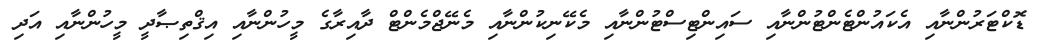
ޑޮކްޓަރުންނާއި އެކައުންޓެންޓުންނާއި ސައިންޓިސްޓުންނާއި މެކޭނިކުންނާއި މެނޭޖްމެންޓް ދާއިރާގެ މީހުންނާއި އިޤްތިޞާދީ މީހުންނާއި އަދި